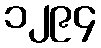
၁၂၉၄